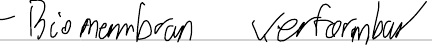
- Biomembran verformbar